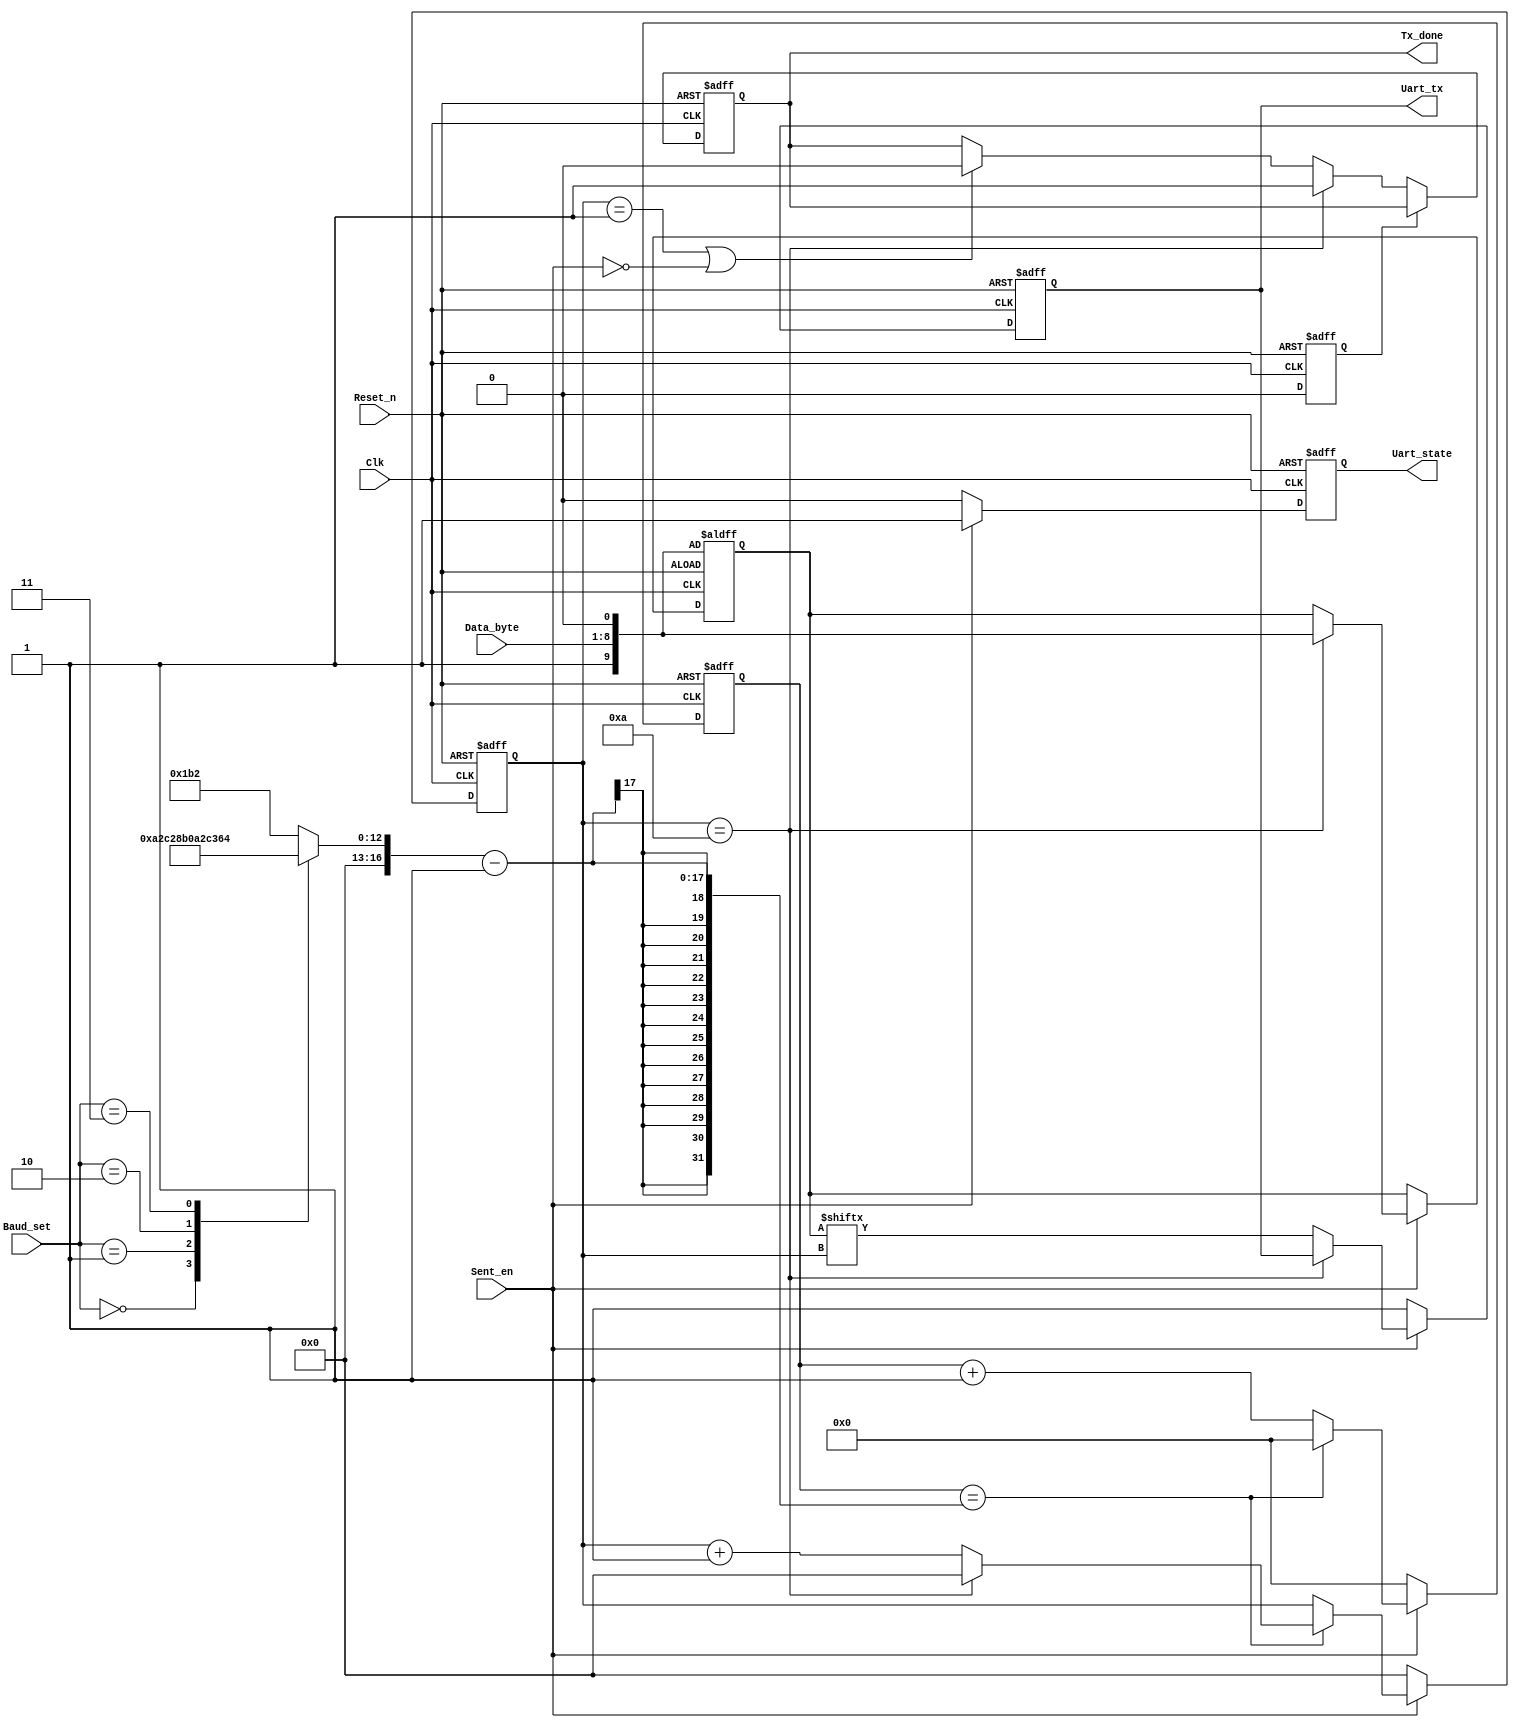
//Name: uart_byte_tx.v
//Revision: 1.1
//Description: version 1.0
//package10
//
//      1Sent_en00
//      2Sent_en1
//      pakage
//      3packageSent_en0
//      Sent_en01package
//      1bit
//Description: version 1.1
//package10
//
//      1Sent_en01(10
//      2Sent_en1
//      pakage
//      3packageSent_en0
//      Sent_en01Sent_en01package

module uart_byte_tx(
    Clk,
    Reset_n,
    Sent_en,
    Data_byte,
    Baud_set,
    Uart_tx,
    Tx_done,
    Uart_state
    );
    //system clock, reset signal
    input Clk;
    input Reset_n;
    //sent enable
    input Sent_en;
    //data to be sent
    input [7:0]Data_byte;
    //baud setting
    input [2:0]Baud_set;
    //test
    //reg [2:0]Baud_set = 3'b111;
    //transmiting data
    output reg Uart_tx;
    //finish flag
    output reg Tx_done;
    //state signal, 1 means sending
    output reg Uart_state;

    reg [16:0]baud;
    reg [16:0]CNT;
    //test CNT
    //reg [25:0]CNT;
    reg [9:0]uart_package;
   
    //reg [16:0]counter = 17'b0;
    
    //test baud counter bit
    reg [25:0]counter = 26'b0;
    reg [3:0]counter_bit = 4'b0;
    
    //baud set
    always@(*)begin
        case(Baud_set)
            3'b000: begin baud = 17'd9_600;   CNT = 17'd5_208;      end
            3'b001: begin baud = 17'd19_200;  CNT = 17'd2_604;      end
            3'b010: begin baud = 17'd38_400;  CNT = 17'd1_302;      end
            3'b011: begin baud = 17'd57_600;  CNT = 17'd868;        end
            3'b100: begin baud = 17'd115_200; CNT = 17'd434;        end
            default: begin baud = 17'd115_200; CNT = 17'd434;       end
            //test baud setting
            //3'b111: begin baud = 17'd1; CNT = 26'd50_000_000;   end            
        endcase
    end
    
    //===========================<>=================================
    //==============================UART==================================== 
    //======================================================================
    //counting and counting for bit change
    always@(posedge Clk or negedge Reset_n)begin
        if(!Reset_n)begin
            counter <= 26'b0;
            counter_bit <= 4'b0;
        end
        else if(Sent_en)begin
            if(counter == CNT - 1)begin                          
                counter <= 17'd0;
                if(counter_bit ==  4'd10)
                    counter_bit <= 0;
                else
                    counter_bit <= counter_bit + 1;
            end
            else
                counter <= counter + 1;
        end
        else begin
            counter <= 0;
            counter_bit <= 0;
        end
    end
    //======================================================================
    //data tx
    always@(posedge Clk or negedge Reset_n)begin
        if(!Reset_n)begin
            Uart_state <= 1'b0;
            Uart_tx <= 1'b0;
            uart_package <= {1'b1, Data_byte, 1'b0};
        end
        else if(Sent_en)begin
            Uart_state <= 1'b1;
            if(counter_bit ==  4'd10)begin
                //buffer data after finished last package
                uart_package <= {1'b1,Data_byte,1'b0};
            end
            else begin
                Uart_tx <= uart_package[counter_bit];
            end
        end
        else if(!Sent_en)begin
            Uart_state <= 1'b0;
            Uart_tx <= 1'b1;
        end   
    end
    //======================================================================  
    //package finished flag
    reg reset_flag;
    always@(posedge Clk or negedge Reset_n)begin
        if(!Reset_n)begin
            Tx_done <= 1'b0;
            reset_flag <= 1'b1;
        end
        else if(reset_flag)begin
            reset_flag <= 1'b0;
        end
        else if(counter_bit == 4'd10)begin
            Tx_done <= 1'b1;
        end
        else if((counter_bit == 4'd1) || (!Sent_en))begin
            Tx_done <= 1'b0;
        end
    end
      
//    //UART    
//    always@(posedge Clk or negedge Reset_n)begin
//        if(!Reset_n)begin
//            counter <= 0;
//            counter_bit <= 4'b0;
//            Tx_done <= 0;
//            //buffer data when reset
//            uart_package <= {1'b1,Data_byte,1'b0};
//        end
//        //sending
//        else if(Sent_en == 1)begin
//            Uart_state <= 1'b1;
//            if(counter_bit ==  4'd10)begin
//                //buffer data after finished last package
//                uart_package <= {1'b1,Data_byte,1'b0};
//                counter_bit <= 4'b0;
//                Tx_done <= 0;
//            end
//            else begin
//                Uart_tx <= uart_package[counter_bit];
//            end
//            //flag for package finished 
//            if(counter_bit == 4'd9)begin
//               Tx_done <= 1; 
//            end           
//            //counting for bit change
//            if(counter == CNT - 1)begin                          
//                counter_bit <= counter_bit + 1;
//                counter <= 17'd0;
//            end
//            else
//                counter <= counter + 1;
//        end
//        //unsending
//        else if(Sent_en != 1)begin
//            Uart_state <= 1'b0;
//            Uart_tx <= 1'b1;
//            counter <= 17'd0;
//            counter_bit <= 4'b0;
//        end   
//    end 

endmodule